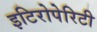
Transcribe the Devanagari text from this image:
इटिरोपेरिटी